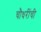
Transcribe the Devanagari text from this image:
चौधरींची